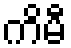
ကိမီ